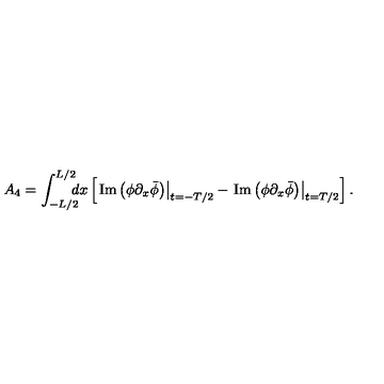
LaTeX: A _ { 4 } = \int _ { - L / 2 } ^ { L / 2 } \! \! \! \! d x \left[ \left. \mathrm { I m } \left( \phi \partial _ { x } \bar { \phi } \right) \right| _ { t = - T / 2 } - \left. \mathrm { I m } \left( \phi \partial _ { x } \bar { \phi } \right) \right| _ { t = T / 2 } \right] .